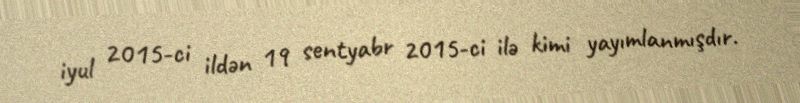
iyul 2015-ci ildən 19 sentyabr 2015-ci ilə kimi yayımlanmışdır.